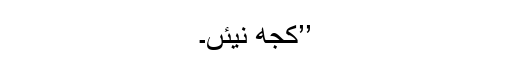
’’کجھ نیئں۔